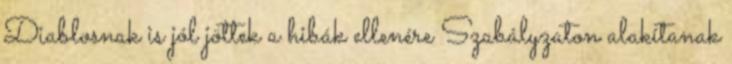
Diablosnak is jól jöttek a hibák ellenére Szabályzaton alakítanak